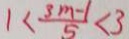
1 < \frac { 3 m - 1 } { 5 } < 3